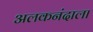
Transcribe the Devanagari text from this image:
अलकनंदाला